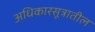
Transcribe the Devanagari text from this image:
अधिकारसूत्रातील